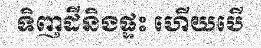
ទិញដីនិងផ្ទះ ហើយបើ